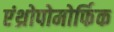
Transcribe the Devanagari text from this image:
एंथ्रोपोमोर्फिक